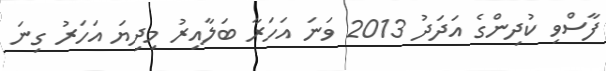
ފާސްވި ކުދިންގެ އަދަދު 2013 ވަނަ އަހަރާ ބަލާއިރު މިދިޔަ އަހަރު ގިނަ